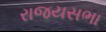
રાજયસભા